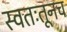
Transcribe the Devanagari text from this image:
स्वतःतूनच